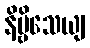
နိဗ္ဗိသေယျ